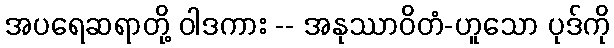
အပရေဆရာတို့ ဝါဒကား -- အနုဿာဝိတံ-ဟူသော ပုဒ်ကို